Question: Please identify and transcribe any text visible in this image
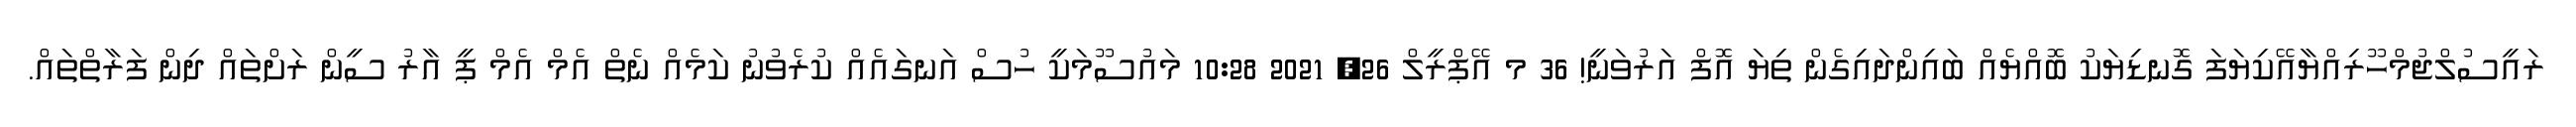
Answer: ރައީސުލްޖުމްހޫރިއްޔާއޭކިޔަފަ ގޮނޑިޔަކު ބޮއްޔެއް ބައިންދައިގެން ތިޔަ އޮފް އަރުވަނީ! 36 މ އޭޕްރީލް 26, 2021 10:28 މައުސޫމަކީ ހުސް އަނގައެއް ކުރެވުނު ކަމެއް ނެތް އެމް އެމް ޕީ އާރު ސީން ރަށްތައް ދިން ފަރާތްތައް.